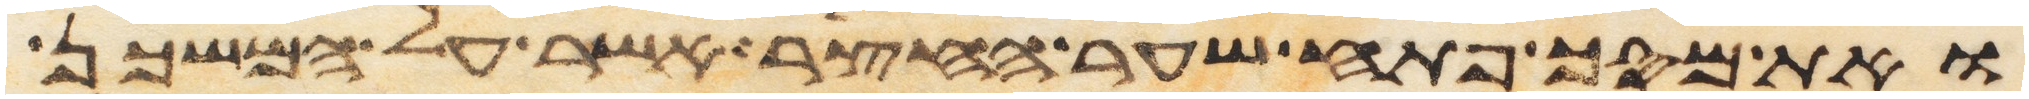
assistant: ואת מסך פתח שער החצר אשר על המשכן